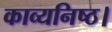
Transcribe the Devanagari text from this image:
काव्यनिष्ठ।